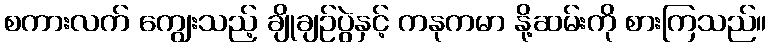
စကားလက် ကျွေးသည့် ချိုချဉ်ပွဲနှင့် ကနုကမာ နို့ဆမ်းကို စားကြသည်။